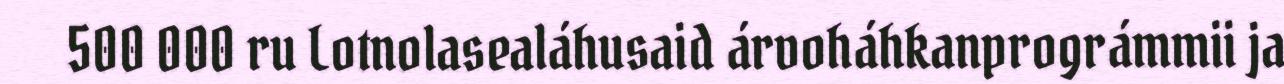
500 000 ru Lotnolasealáhusaid árvoháhkanprográmmii ja